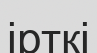
ірткі